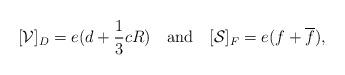
LaTeX: \begin{align*}[{\cal V}]_{D} = e(d+{1 \over 3} cR) ~~\hbox{ and }~~[{\cal S}]_{F} = e(f+\overline f),\end{align*}